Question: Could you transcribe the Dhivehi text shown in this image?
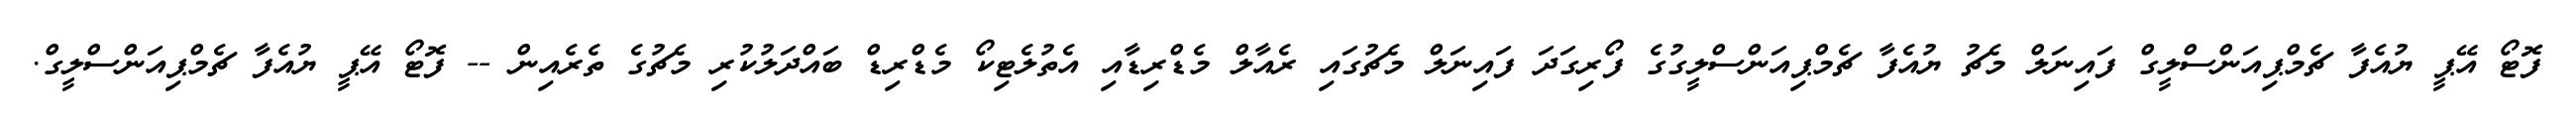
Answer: ފޮޓޯ އޭޕީ ޔުއެފާ ޗެމްޕިއަންސްލީގް ފައިނަލް މެޗު ޔުއެފާ ޗެމްޕިއަންސްލީގުގެ ފޯރިގަދަ ފައިނަލް މެޗުގައި ރެއާލް މެޑްރިޑާއި އެތުލެޓިކޯ މެޑްރިޑް ބައްދަލުކުރި މެޗުގެ ތެރެއިން -- ފޮޓޯ އޭޕީ ޔުއެފާ ޗެމްޕިއަންސްލީގް.